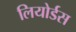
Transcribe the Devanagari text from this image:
लियोर्डस